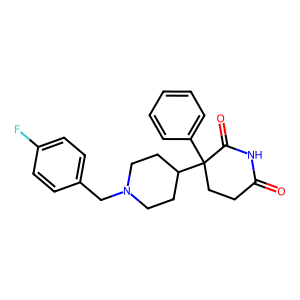
SMILES: O=C1CCC(c2ccccc2)(C2CCN(Cc3ccc(F)cc3)CC2)C(=O)N1
Inhibits HIV replication: No